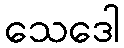
သေဒေါ